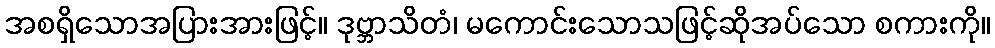
အစရှိသောအပြားအားဖြင့်။ ဒုဗ္ဘာသိတံ၊ မကောင်းသောသဖြင့်ဆိုအပ်သော စကားကို။